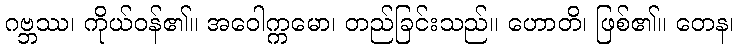
ဂဗ္ဘဿ၊ ကိုယ်ဝန်၏။ အဝေါက္ကမော၊ တည်ခြင်းသည်။ ဟောတိ၊ ဖြစ်၏။ တေန၊